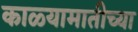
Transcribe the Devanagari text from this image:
काळ्यामातीच्या